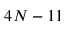
4 N - 1 1